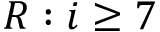
R : i \geq 7